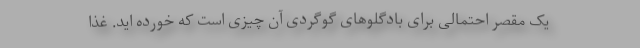
یک مقصر احتمالی برای بادگلوهای گوگردی آن چیزی است که خورده اید. غذا